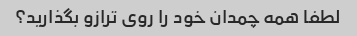
لطفا همه چمدان خود را روی ترازو بگذارید؟